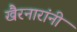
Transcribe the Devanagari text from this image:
खैरनारांनी